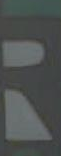
: